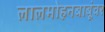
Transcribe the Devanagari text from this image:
लालमोहनबाबूंवर